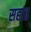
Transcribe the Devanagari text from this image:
सहा॥